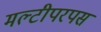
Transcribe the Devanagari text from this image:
मल्टीपरपस